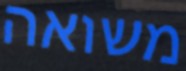
משואה